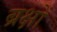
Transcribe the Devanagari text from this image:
ब्रक्षों